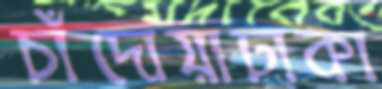
চাঁদোয়াঢাকা